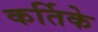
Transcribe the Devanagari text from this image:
कर्तिके